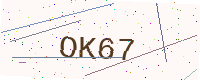
Text: OK67